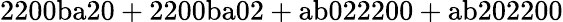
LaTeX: \mathrm{2200ba20+2200ba02+ab022200+ab202200}